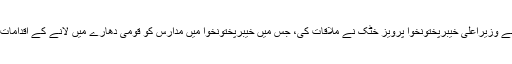
پیر کو عمران خان سے وزیراعلیٰ خیبرپختونخوا پرویز خٹک نے ملاقات کی، جس میں خیبرپختونخوا میں مدارس کو قومی دھارے میں لانے کے اقدامات پر بریفنگ دی گئی۔